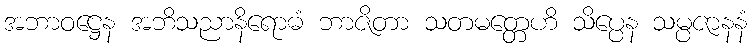
အဘာဝဋ္ဌေန အဘိသညာနိရောဓံ ဘာဇိတာ သတမတ္တေဟိ သိပ္ပေန သမ္ပဇာနနံ